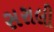
સરાલી